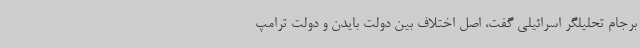
برجام تحلیلگر اسرائیلی گفت، اصل اختلاف بین دولت بایدن و دولت ترامپ